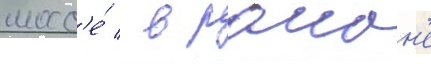
шосс'е́ / в раион'е